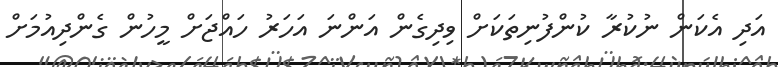
އަދި އެކަން ނުކުރާ ކުންފުނިތަކަށް ވިދިގެން އަންނަ އަހަރު ހައްޖަށް މީހުން ގެންދިއުމަށް